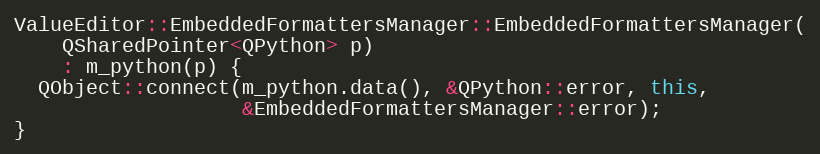
Language: C++
ValueEditor::EmbeddedFormattersManager::EmbeddedFormattersManager(
    QSharedPointer<QPython> p)
    : m_python(p) {
  QObject::connect(m_python.data(), &QPython::error, this,
                   &EmbeddedFormattersManager::error);
}